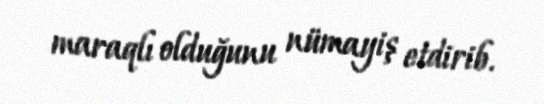
maraqlı olduğunu nümayiş etdirib.